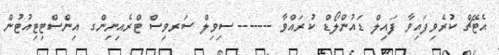
އެޓޭޗް ކުރެވިފައިވާ ފައިލް ޑައުންލޯޑް ކުރައްވާ ------- ސިވިލް ސަރވިސް ޓްރެއިނިންގ އިންސްޓިޓިއުޓުން